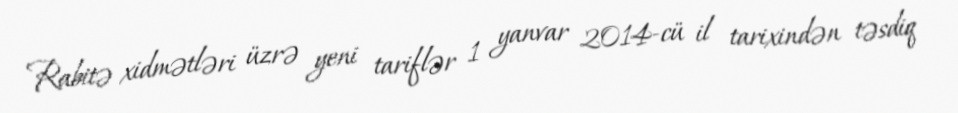
Rabitə xidmətləri üzrə yeni tariflər 1 yanvar 2014-cü il tarixindən təsdiq